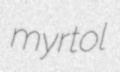
myrtol